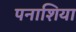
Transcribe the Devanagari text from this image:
पनाशिया